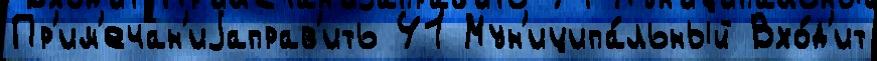
Пр'им'ечан'иjаправ'ить 41 Мун'иципа́льный Вхо́д'ит